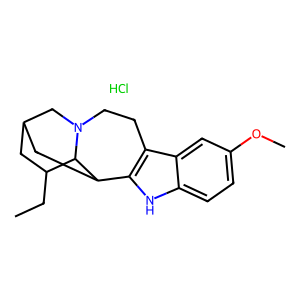
SMILES: CCC1CC2CC3c4[nH]c5ccc(OC)cc5c4CCN(C2)C13.Cl
Inhibits HIV replication: No